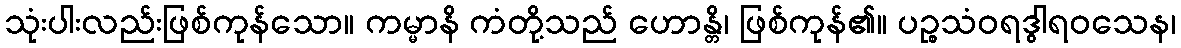
သုံးပါးလည်းဖြစ်ကုန်သော။ ကမ္မာနိ ကံတို့သည် ဟောန္တိ၊ ဖြစ်ကုန်၏။ ပဉ္စသံဝရဒွါရဝသေန၊